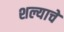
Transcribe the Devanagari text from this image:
शल्याचे